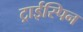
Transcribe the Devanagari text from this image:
ट्राईस्पिन